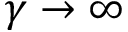
\gamma \rightarrow \infty